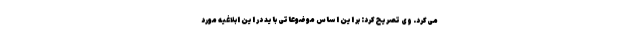
می‌کرد. وی تصریح کرد: بر این اساس موضوعاتی باید در این ابلاغیه مورد